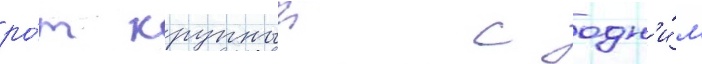
ро́т крупныи с одн'и́м